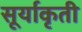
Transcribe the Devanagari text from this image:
सूर्याकृती